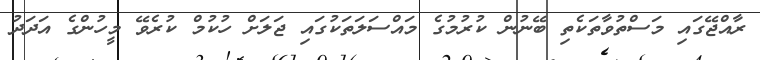
ރާއްޖޭގައި މަސްތުވާތަކެތި ބޭނުން ކުރުމުގެ މައްސަލަތަކުގައި ޖަލަށް ހުކުމް ކުރެވޭ މީހުންގެ އަދަދު